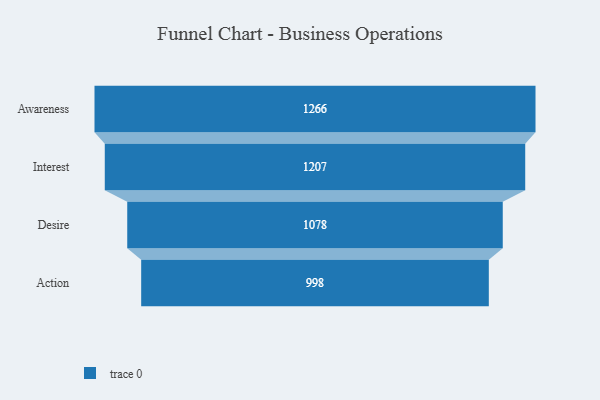
{"axis": {"x": "Stage", "y": "Value"}, "legend": [""], "data": [{"x": "Awareness", "y": 1266.0, "type": ""}, {"x": "Interest", "y": 1207.0, "type": ""}, {"x": "Desire", "y": 1078.0, "type": ""}, {"x": "Action", "y": 998.0, "type": ""}]}